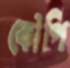
কৌপি